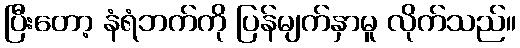
ပြီးတော့ နံရံဘက်ကို ပြန်မျက်နှာမူ လိုက်သည်။